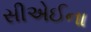
સીએઈના